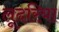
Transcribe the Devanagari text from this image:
लूदरिया